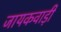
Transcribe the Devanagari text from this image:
जायकवाड़ी